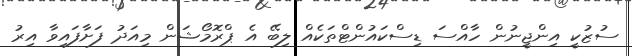
ސުޒުކީ އިންޖީނުން ހާއްސަ ޑިސްކައުންޓްތަކެއް ލިބޭ އެ ޕްރޮމޯޝަން މިއަދު ފަށާފައިވާ އިރު